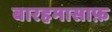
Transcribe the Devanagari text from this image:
बारहमासाफ़